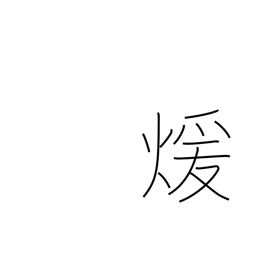
Meaning: warm